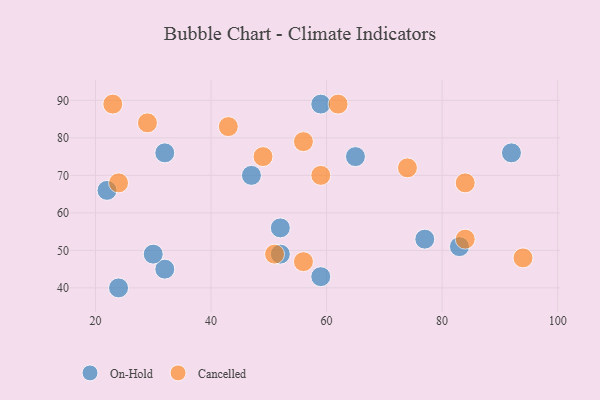
{"axis": {"x": "GDP", "y": "Life Expectancy"}, "legend": ["Cancelled", "On-Hold"], "data": [{"x": "77", "y": 53, "type": "On-Hold"}, {"x": "52", "y": 56, "type": "On-Hold"}, {"x": "32", "y": 76, "type": "On-Hold"}, {"x": "52", "y": 49, "type": "On-Hold"}, {"x": "59", "y": 89, "type": "On-Hold"}, {"x": "47", "y": 70, "type": "On-Hold"}, {"x": "65", "y": 75, "type": "On-Hold"}, {"x": "24", "y": 40, "type": "On-Hold"}, {"x": "92", "y": 76, "type": "On-Hold"}, {"x": "59", "y": 43, "type": "On-Hold"}, {"x": "32", "y": 45, "type": "On-Hold"}, {"x": "83", "y": 51, "type": "On-Hold"}, {"x": "30", "y": 49, "type": "On-Hold"}, {"x": "22", "y": 66, "type": "On-Hold"}, {"x": "29", "y": 84, "type": "Cancelled"}, {"x": "94", "y": 48, "type": "Cancelled"}, {"x": "84", "y": 68, "type": "Cancelled"}, {"x": "56", "y": 47, "type": "Cancelled"}, {"x": "59", "y": 70, "type": "Cancelled"}, {"x": "62", "y": 89, "type": "Cancelled"}, {"x": "51", "y": 49, "type": "Cancelled"}, {"x": "24", "y": 68, "type": "Cancelled"}, {"x": "49", "y": 75, "type": "Cancelled"}, {"x": "84", "y": 53, "type": "Cancelled"}, {"x": "74", "y": 72, "type": "Cancelled"}, {"x": "43", "y": 83, "type": "Cancelled"}, {"x": "56", "y": 79, "type": "Cancelled"}, {"x": "23", "y": 89, "type": "Cancelled"}]}